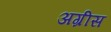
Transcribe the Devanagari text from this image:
अग्रीस